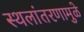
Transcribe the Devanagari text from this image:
स्थलांतरणामुळे